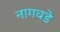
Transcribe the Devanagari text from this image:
नागवडे